Report of the Municipal Commissioner on the plague in Bombay for the year ending 31st May... - Volume 1
Disease focus: Plague
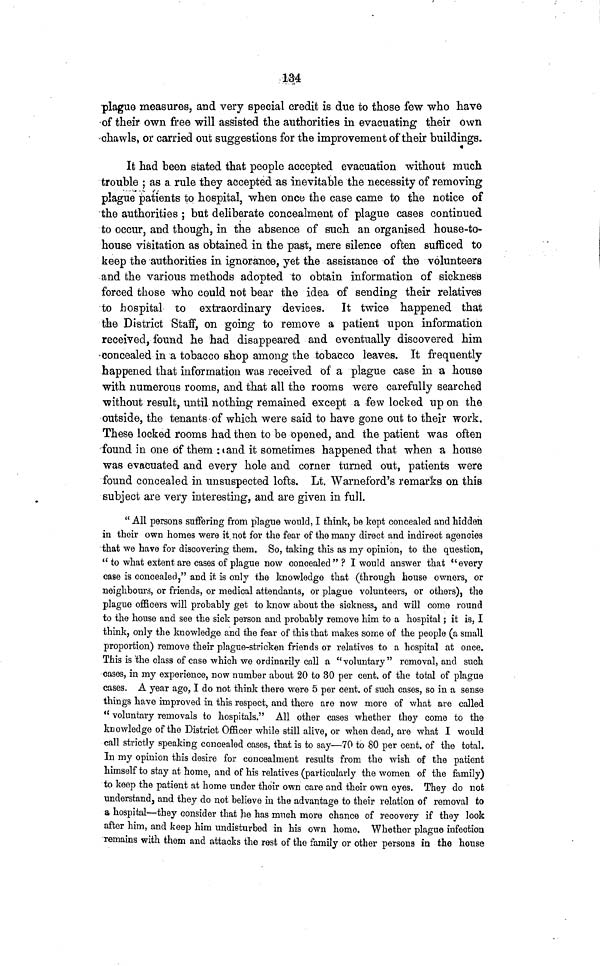
134
plague measures, and very special credit is due to those few who have
of their own free will assisted the authorities in evacuating their own
chawls, or carried out suggestions for the improvement of their buildings.
It had been stated that people accepted evacuation without much
trouble ; as a rule they accepted as inevitable the necessity of removing
plague patients to hospital, when once the case came to the notice of
the authorities ; but deliberate concealment of plague cases continued
to occur, and though, in the absence of such an organised house-to-
house visitation as obtained in the past, mere silence often sufficed to
keep the authorities in ignorance, yet the assistance of the volunteers
and the various methods adopted to obtain information of sickness
forced those who could not bear the idea of sending their relatives
to hospital to extraordinary devices. It twice happened that
the District Staff, on going to remove a patient upon information
received, found he had disappeared and eventually discovered him
concealed in a tobacco shop among the tobacco leaves. It frequently
happened that information was received of a plague case in a house
with numerous rooms, and that all the rooms were carefully searched
without result, until nothing remained except a few locked up on the
outside, the tenants of which were said to have gone out to their work.
These locked rooms had then to be opened, and the patient was often
found in one of them : and it sometimes happened that when a house
was evacuated and every hole and corner turned out, patients were
found concealed in unsuspected lofts. Lt. Warneford's remarks on this
subject are very interesting, and are given in full.
" All persons suffering from plague would, I think, be kept concealed and hidden
in their own homes were it not for the fear of the many direct und indirect agencies
that we have for discovering them. So, taking this as my opinion, to the question,
"to what extent are cases of plague now concealed" ? I would answer that "every
case is concealed," and it is only the knowledge that (through house owners, or
neighbours, or friends, or medical attendants, or plague volunteers, or others), the
plague officers will probably get to know about the sickness, and will come round
to the house and see the sick person and probably remove him to a hospital ; it is, I
think, only the knowledge and the fear of this that makes some of the people (a small
proportion) remove their plague-stricken friends or relatives to a hospital at once.
This is the class of case which we ordinarily call a "voluntary" removal, and such
cases, in my experience, now number about 20 to 30 per cent, of the total of plague
cases. A year ago, I do not think there were 5 per cent, of such cases, so in a sense
things have improved in this respect, and there are now more of what are called
"voluntary removals to hospitals." All other cases whether they come to the
knowledge of the District Officer while still alive, or when dead, are what I would
call strictly speaking concealed cases, that is to say—70 to 80 per cent, of the total.
In my opinion this desire for concealment results from the wish of the patient
himself to stay at home, and of his relatives (particularly the women of the family)
to keep the patient at home under their own care and their own eyes. They do not
understand, and they do not believe in the advantage to their relation of removal to
a hospital—they consider that he has much more chance of recovery if they look
after him, and keep him undisturbed in his own home. Whether plague infection
remains with them and attacks the rest of the family or other persons in the house